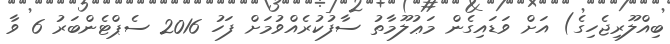
ބިއްލޫރިޖެހިގެ) އަށް ވަޑައިގެން މަޢުލޫމާތު ސާފުކުރެއްވުމަށް ފަހު 2016 ސެޕްޓެންބަރު 6 ވާ